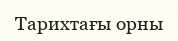
Тарихтағы орны